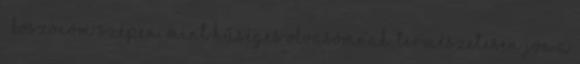
: Köszönöm szépen, mint hűséges olvasómnak. Természetesen jön a